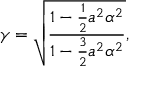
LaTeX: \gamma = \sqrt { \frac { 1 - \frac 1 2 { a ^ { 2 } \alpha ^ { 2 } } } { 1 - \frac { 3 } { 2 } a ^ { 2 } \alpha ^ { 2 } } } ,